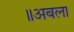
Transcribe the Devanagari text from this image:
॥अबला